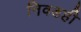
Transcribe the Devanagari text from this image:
निवडही